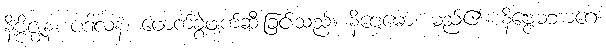
နိဗ္ဗိဇ္ဈနံ၊ ပဒါလနံ၊ ဖောက်ခွဲဖျက်ဆီးခြင်းသည်။ နိဗ္ဗေဓော၊ မည်၏။ နိဗ္ဗေဓဘာဂေ၊